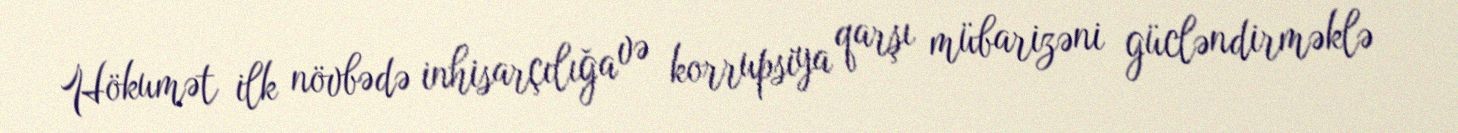
Hökumət ilk növbədə inhisarçılığa və korrupsiya qarşı mübarizəni gücləndirməklə